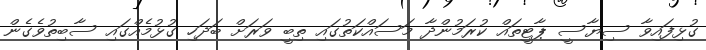
ގުޅިފައިވާ ސިޔާސީ ޕާޓީތައް ކުރަމުންދާ މަސައްކަތުގައި ތިބީ ވަރަށް ބަދަހި ގުޅުމެއްގައި ސާބިތުވެގެން